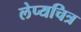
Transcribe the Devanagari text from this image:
लेप्यचित्र